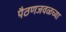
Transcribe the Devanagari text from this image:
पैठणजवळच्या